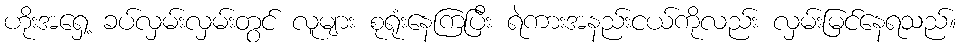
ဟိုးအရှေ့ ခပ်လှမ်းလှမ်းတွင် လူများ စုရုံးနေကြပြီး ရဲကားအနည်းငယ်ကိုလည်း လှမ်းမြင်နေရသည်။